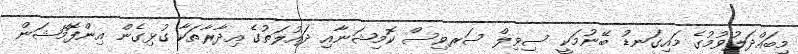
މިބައްދަލުވުމުގެ މައިގަނޑު ބޭނުމަކީ ސިވިލް ސަރވިސް ކޮމިޝަނާއި ދައުލަތުގެ އިދާރާތަކާ ގުޅިގެން އިންފޮމޭޝަން